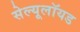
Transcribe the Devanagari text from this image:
सेल्यूलॉयड